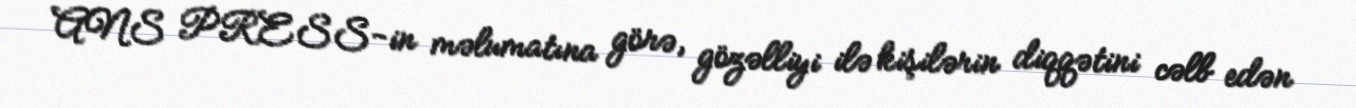
ANS PRESS-in məlumatına görə, gözəlliyi ilə kişilərin diqqətini cəlb edən